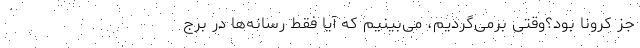
جز کرونا بود؟وقتی برمی‌گردیم، می‌بینیم که آیا فقط رسانه‌ها در برج